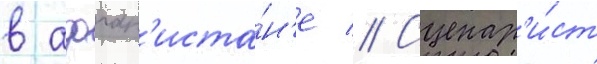
в афган'иста́н'е // Сценар'и́ст